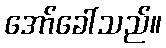
အော်ခေါ်သည်။